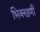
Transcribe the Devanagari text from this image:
भिक्खणी